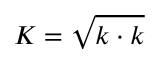
K = \sqrt { \boldsymbol { k \cdot k } }